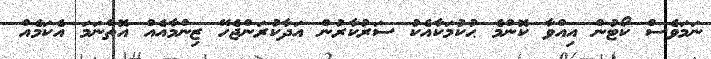
ނަމަވެސް ކޯޓުން އިއްވާ ކޮންމެ ޙުކުމަކާއެކު ސަރުކާރުން އަދާކުރަންޖެހޭ ޒިންމާއެއް އޮތްނަމަ އެކަމެއް